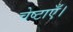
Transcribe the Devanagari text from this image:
चेष्टाएँ।